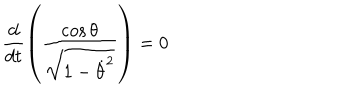
LaTeX: \frac { d } { d t } \left( \frac { \cos \theta } { \sqrt { 1 - \dot { \theta } ^ { 2 } } } \right) = 0